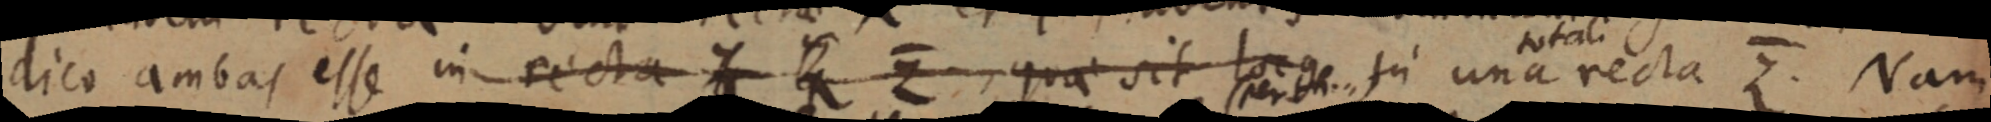
dico ambas esse in recta Z _ Z quae sit lo_ ge in una recta Z. Nam